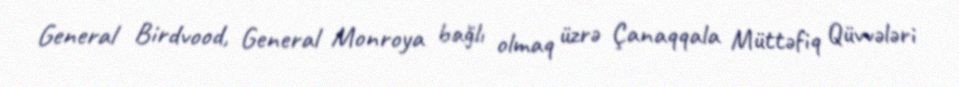
General Birdvood, General Monroya bağlı olmaq üzrə Çanaqqala Müttəfiq Qüvvələri